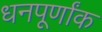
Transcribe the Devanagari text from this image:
धनपूर्णांक